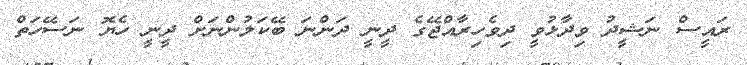
ރައީސް ނަޝީދު ވިދާޅުވީ ދިވެހިރާއްޖޭގެ ދީނީ ދަންނަ ބޭކަލުންނަށް ދީނީ ހެޔޮ ނަސޭހަތް